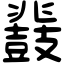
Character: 鼗